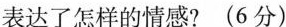
表达了怎样的情感？(6分)